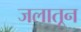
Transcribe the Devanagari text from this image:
जलातून